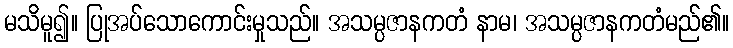
မသိမူ၍။ ပြုအပ်သောကောင်းမှုသည်။ အသမ္ပဇာနကတံ နာမ၊ အသမ္ပဇာနကတံမည်၏။